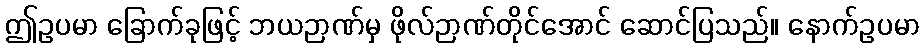
ဤဥပမာ ခြောက်ခုဖြင့် ဘယဉာဏ်မှ ဖိုလ်ဉာဏ်တိုင်အောင် ဆောင်ပြသည်။ နောက်ဥပမာ